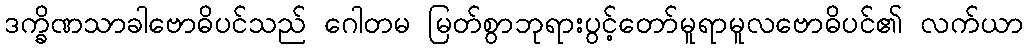
ဒက္ခိဏသာခါဗောဓိပင်သည် ဂေါတမ မြတ်စွာဘုရားပွင့်တော်မူရာမူလဗောဓိပင်၏ လက်ယာ